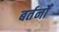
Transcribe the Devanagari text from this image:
बर्तनोँ